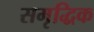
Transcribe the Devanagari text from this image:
समृद्धिक